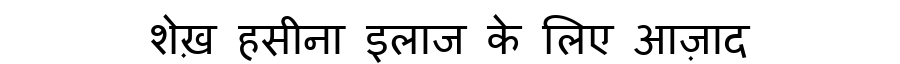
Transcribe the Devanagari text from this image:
शेख़ हसीना इलाज के लिए आज़ाद